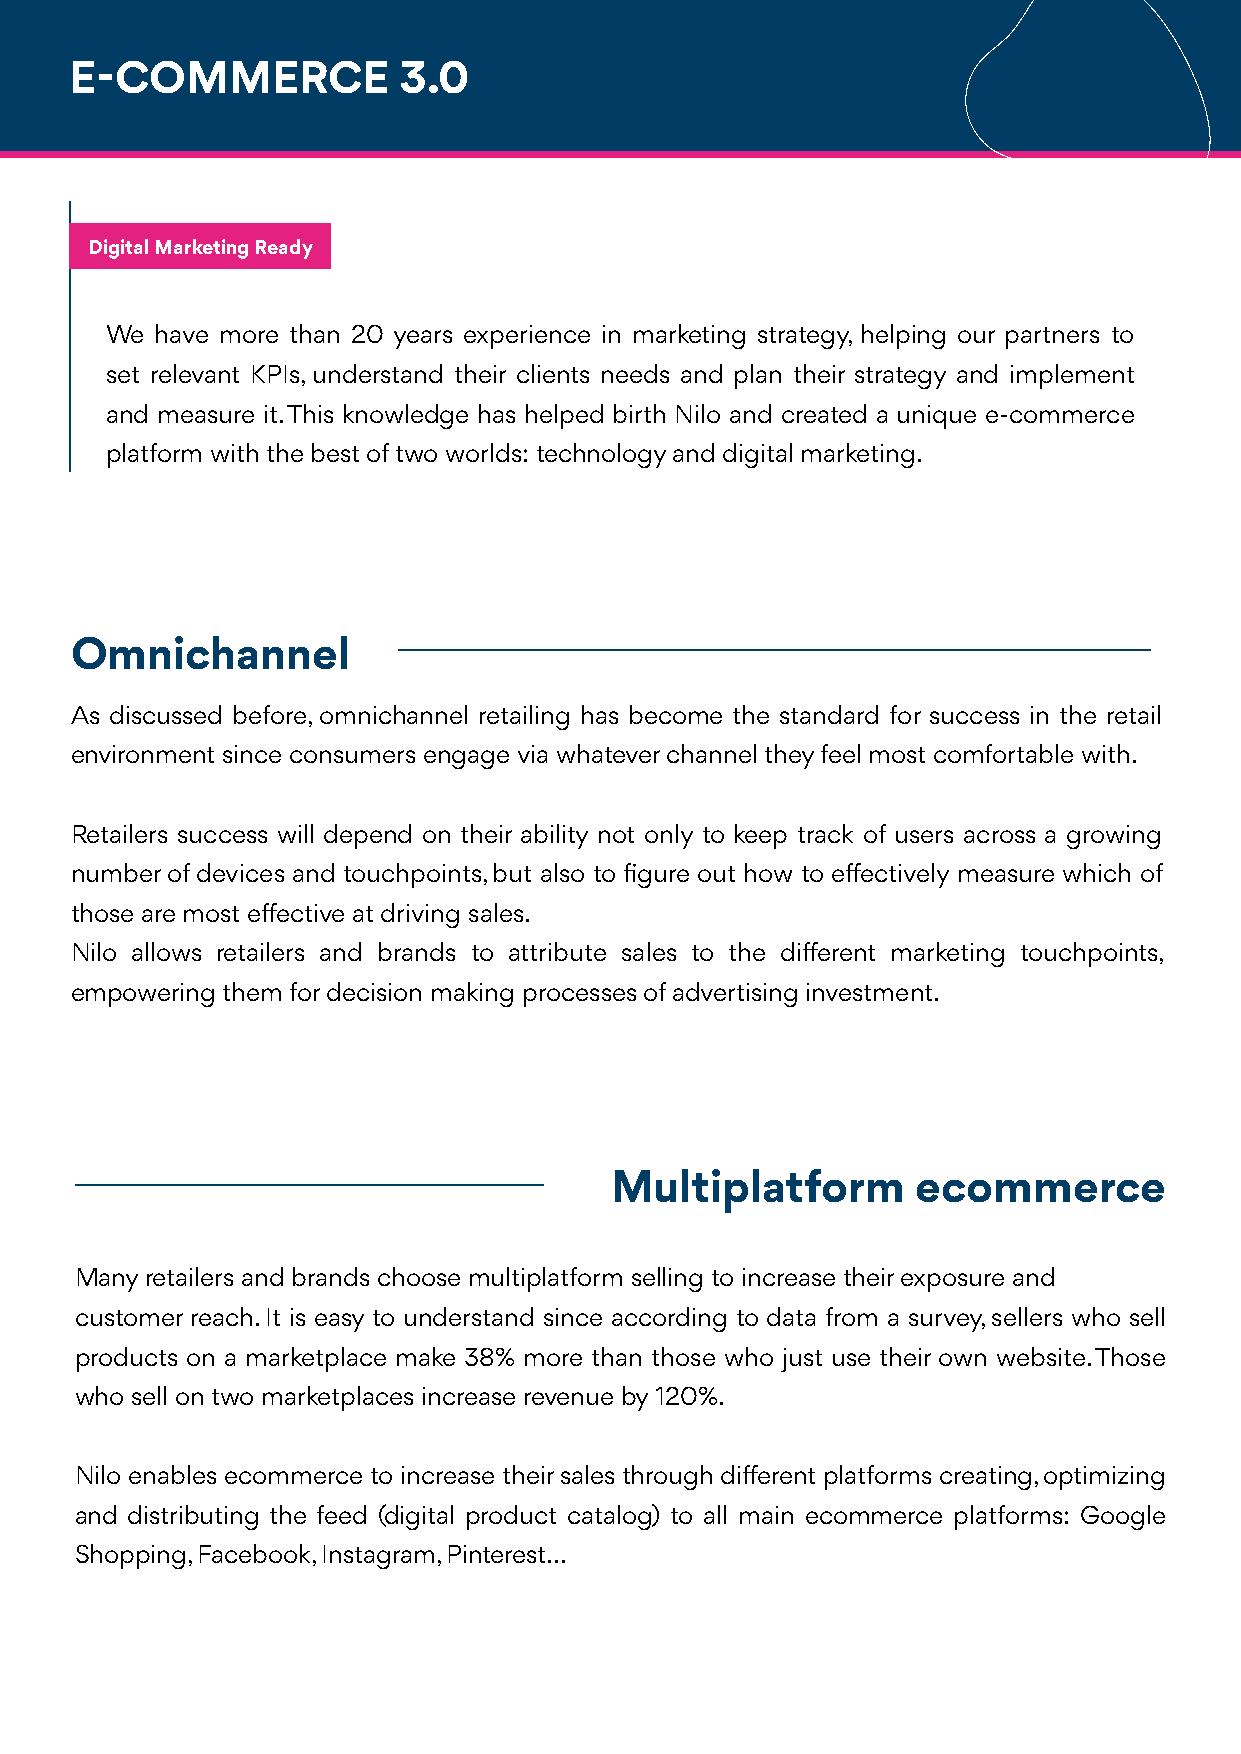
E-COMMERCE           3.0
 Digital Marketing Ready
 We have more than 20 years experience in marketing strategy, helping our partners to
 set relevant KPIs, understand their clients needs and plan their strategy and implement
 and measure it. This knowledge has helped birth Nilo and created a unique e-commerce
 platform with the best of two worlds: technology and digital marketing.
 Omnichannel
 As discussed before, omnichannel retailing has become the standard for success in the retail
 environment since consumers engage via whatever channel they feel most comfortable with.
 Retailers success will depend on their ability not only to keep track of users across a growing
 number of devices and touchpoints, but also to figure out how to effectively measure which of
 those are most effective at driving sales.
 Nilo allows retailers and brands to attribute sales to the different marketing touchpoints,
 empowering them for decision making processes of advertising investment.
 Multiplatform        ecommerce
 Many retailers and brands choose multiplatform selling to increase their exposure and
 customer reach. It is easy to understand since according to data from a survey, sellers who sell
 products on a marketplace make 38% more than those who just use their own website. Those
 who sell on two marketplaces increase revenue by 120%.
 Nilo enables ecommerce to increase their sales through different platforms creating, optimizing
 and distributing the feed (digital product catalog) to all main ecommerce platforms: Google
 Shopping, Facebook, Instagram, Pinterest...